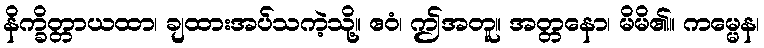
နိက္ခိတ္တာယထာ၊ ချထားအပ်သကဲ့သို့။ ဧဝံ၊ ဤအတူ။ အတ္တနော၊ မိမိ၏။ ကမ္မေန၊